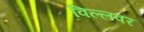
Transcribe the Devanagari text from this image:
विल्लवर